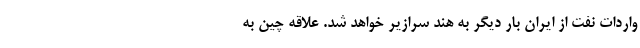
واردات نفت از ایران بار دیگر به هند سرازیر خواهد شد. علاقه چین به